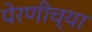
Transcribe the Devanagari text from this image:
पेरणीच्या